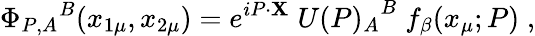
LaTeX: {\Phi_{P,A}}^{B}(x_{1\mu},x_{2\mu})=e^{iP\cdot\mathbf{X}}\; {U(P)_{A}}^{B}\; f_{\beta}(x_{\mu};P)\; ,